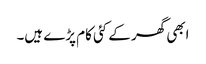
ابھی گھر کے کئی کام پڑے ہیں۔